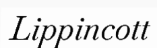
Lippincott